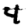
Digit: 4